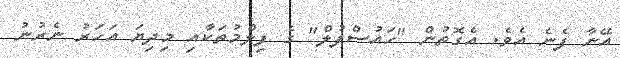
އޭނާ ފެނެ އެވެ. އެގޮތުން "ހައުސްފުލް" ގެ ފިލްމުތަކާއި މިދިޔަ އަހަރު ނެރުނު